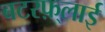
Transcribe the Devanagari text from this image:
बटरफ़्लाई